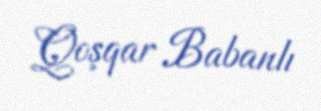
Qoşqar Babanlı